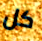
كل